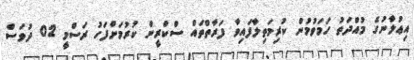
އިޢުލާނުގެ މުއްދަތު ހަމަވުމުން ކުރިމަތިލާފައިވާ ފަރާތްތައް ސްކްރީން ކުރުމަށްފަހު ރަސްމީ 02 ދުވަސް